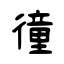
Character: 徸